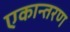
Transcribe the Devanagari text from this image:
एकान्तरण